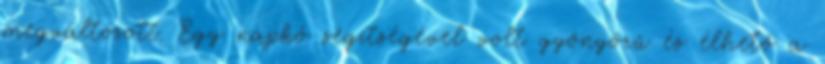
megváltozott. Egy napkő segítségével volt gyönyörű és élhető a